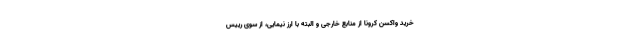
خرید واکسن کرونا از منابع خارجی و البته با ارز نیمایی، از سوی رییس